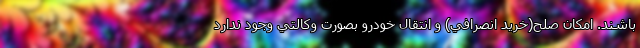
باشند. امكان صلح(خريد انصرافي) و انتقال خودرو بصورت وكالتي وجود ندارد